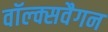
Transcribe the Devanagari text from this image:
वॉल्क्सवैगन